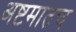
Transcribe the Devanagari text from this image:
अष्टमातच